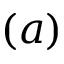
( a )